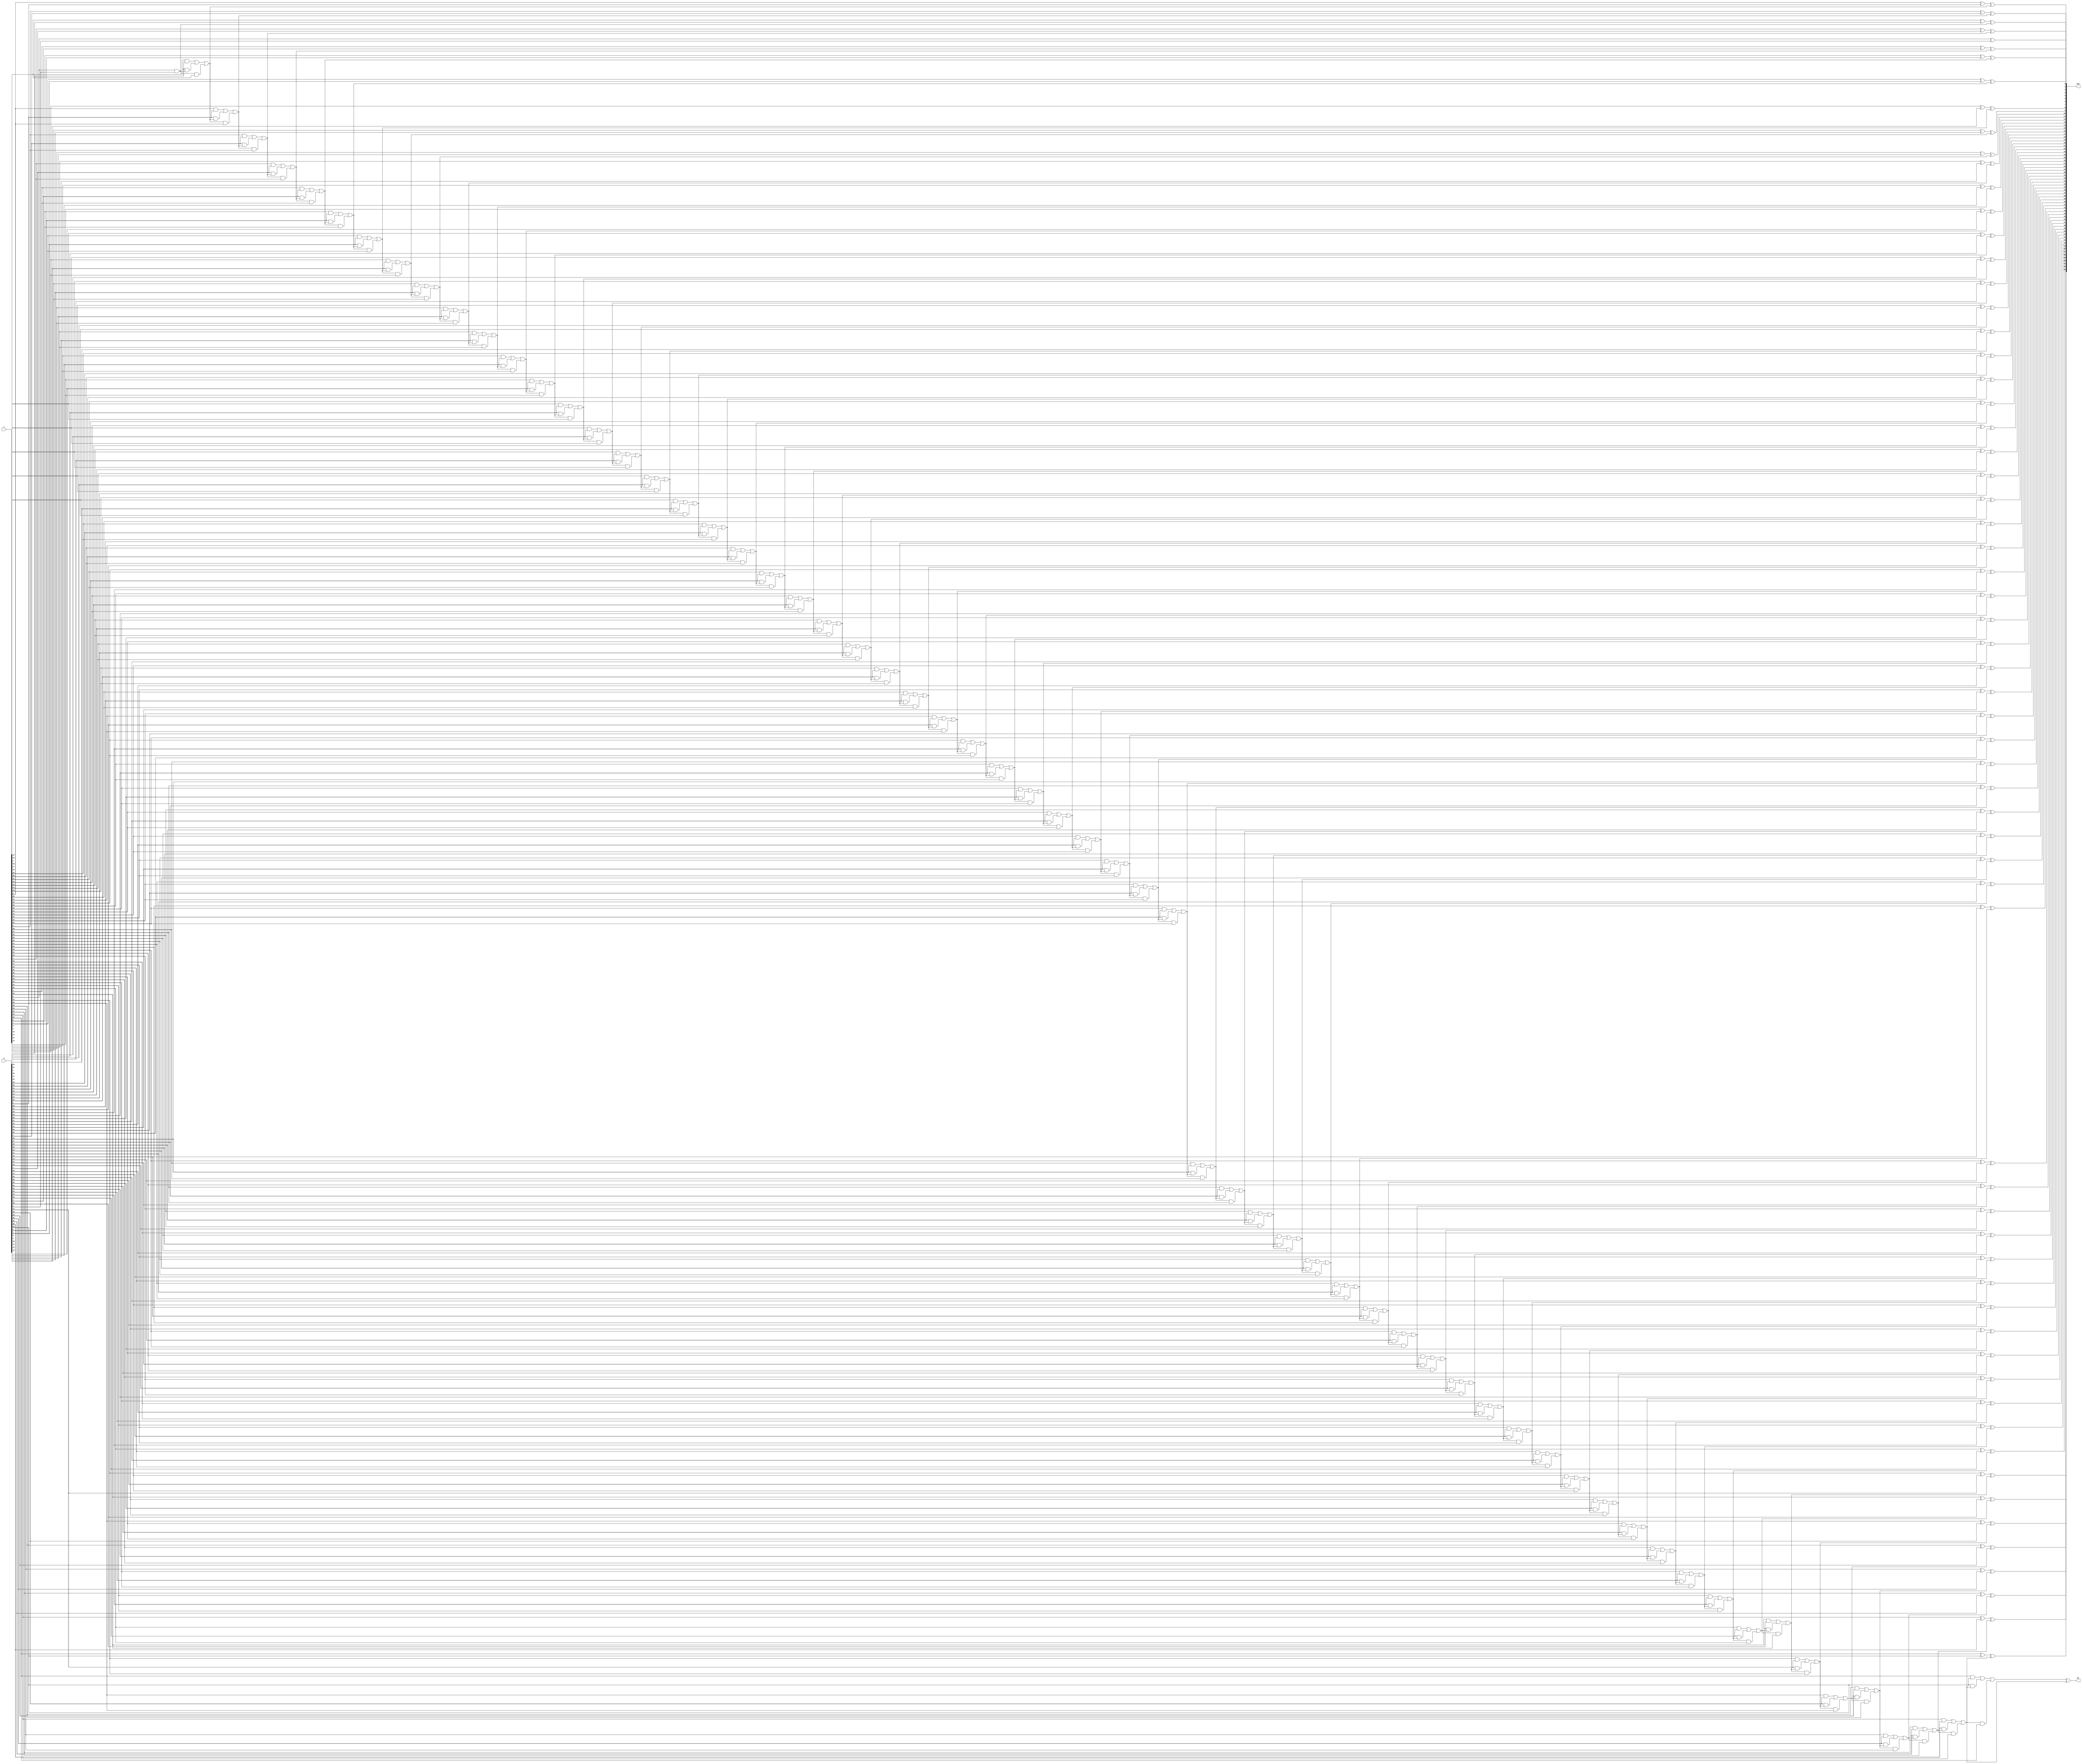
module Add(x,y,Sum,OF);

input signed [63:0]x;
input signed [63:0]y;
output signed [63:0]Sum;
wire signed [63:0]out1,out2,out3;
wire signed [64:0]Carry;
assign Carry[0]=1'b0; //initiating the first bit to be 0 in a carry array
output signed OF;//overflow


genvar i;
generate
    for(i=0;i<64;i=i+1)
    begin
       xor A(Sum[i],x[i],y[i],Carry[i]); //sum=x xor y xor c
       and B(out1[i],x[i],y[i]); 
       and C(out2[i],y[i],Carry[i]);
       and D(out3[i],Carry[i],x[i]);
       or E(Carry[i+1],out1[i],out2[i],out3[i]); //carry = xy + yc + cx
    end
xor F(OF,Carry[64],Carry[63]); // overflow
endgenerate

endmodule